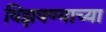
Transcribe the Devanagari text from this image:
विझवण्याच्या